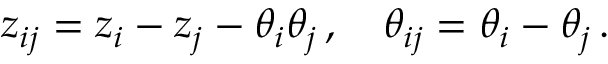
z _ { i j } = z _ { i } - z _ { j } - \theta _ { i } \theta _ { j } \, , \quad \theta _ { i j } = \theta _ { i } - \theta _ { j } \, .